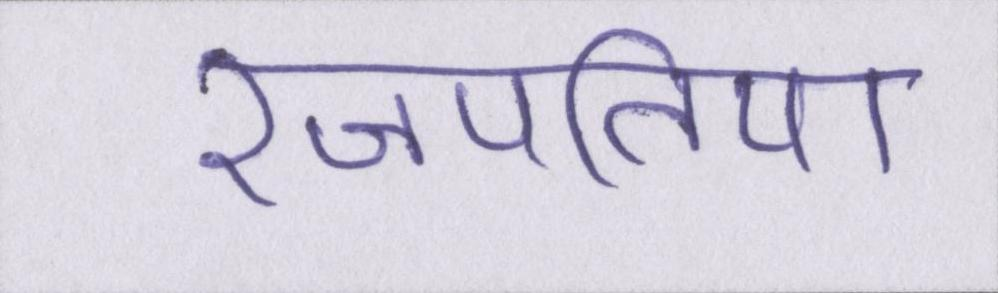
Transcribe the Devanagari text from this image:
रजपतिया